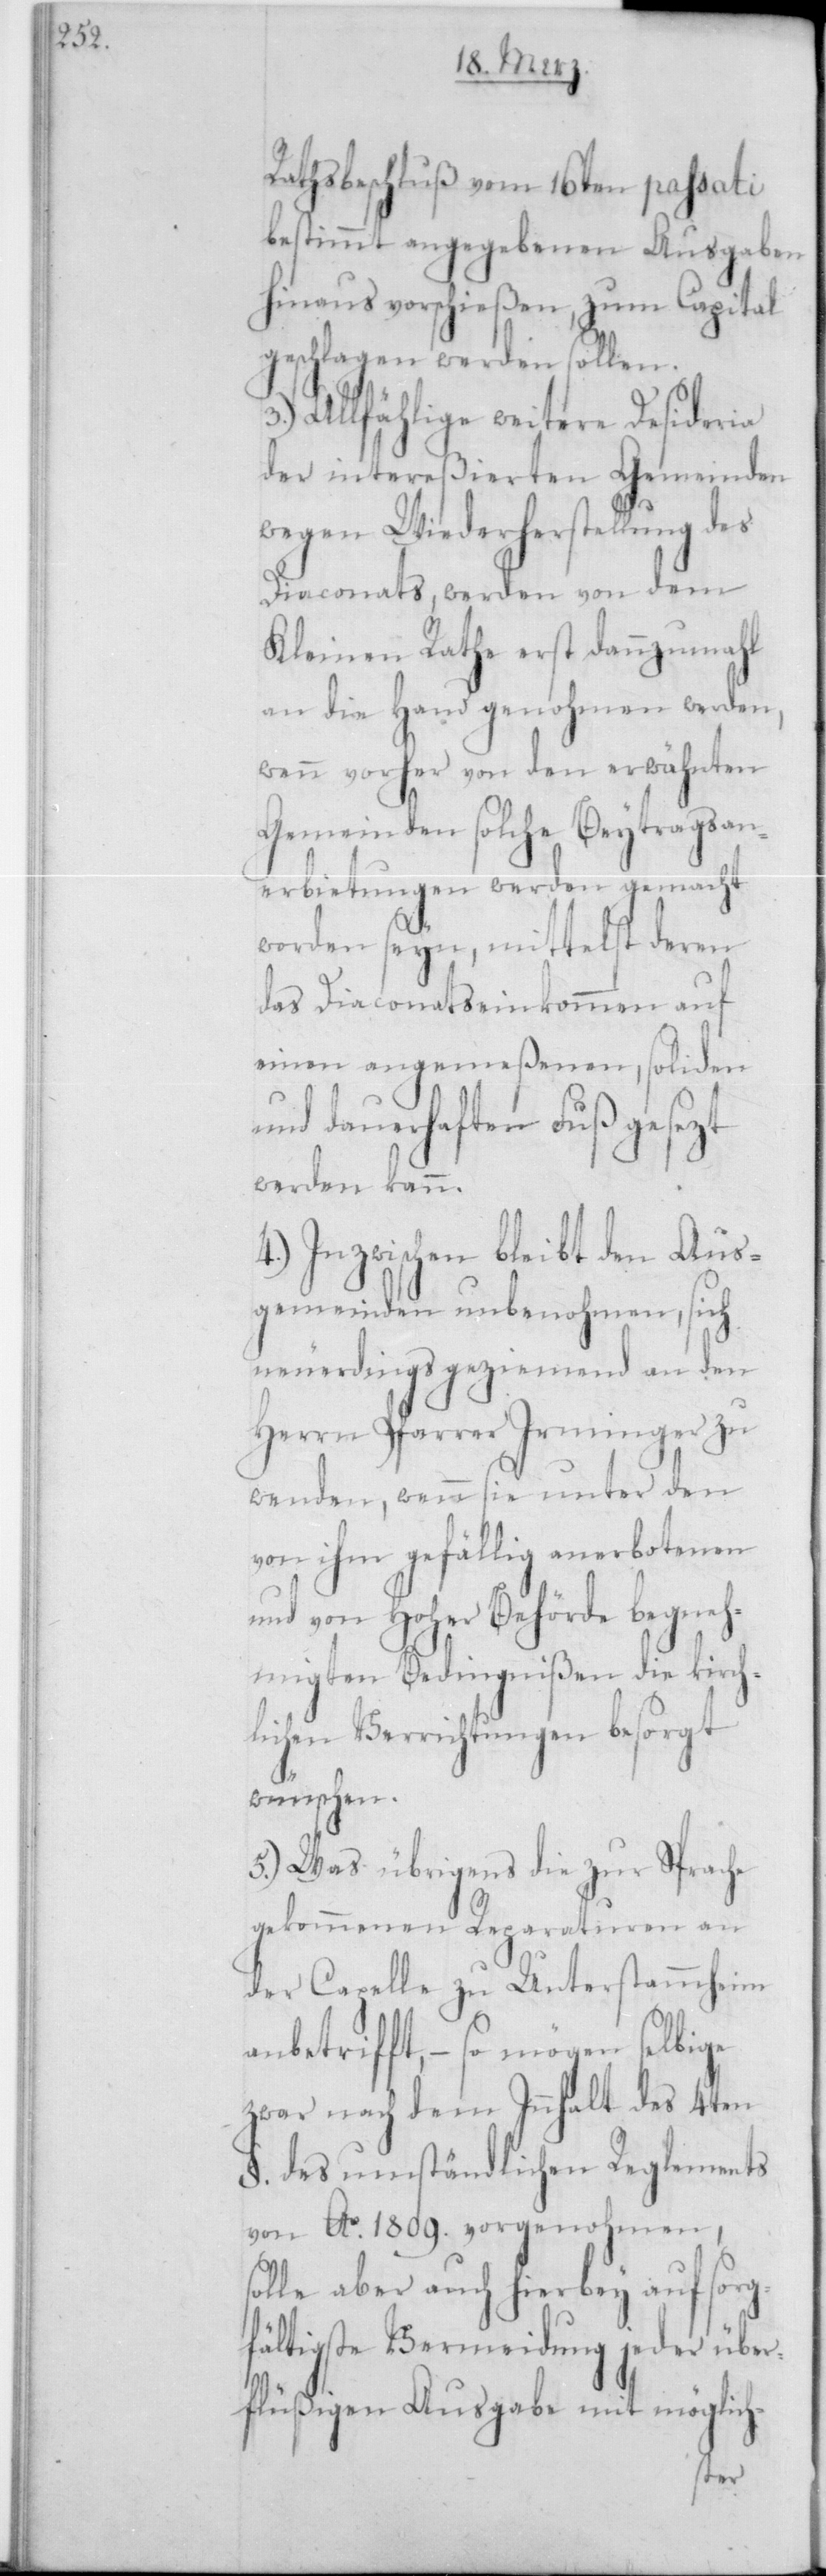
Rathsbeschluß vom 16ten passati
bestimmt angegebenen Ausgaben
hinaus vorschießen, zum Capital
geschlagen werden sollen.
3.) Allfählige weitere Desideria
der intereßierten Gemeinden
wegen Wiederherstellung des
Diaconats, werden von dem
Kleinen Rathe erst dannzumahl
an die Hand genohmen werden,
wenn vorher von den erwähnten
Gemeinden solche Beytragsan¬
erbietungen werden gemacht
worden seyn, mittelst deren
das Diaconatseinkommen auf
einen angemeßenen, soliden
und dauerhaften Fuß gesezt
werden kann.
4.) Inzwischen bleibt den Aus¬
gemeinden unbenohmen, sich
neuerdings geziemend an den
Herrn Pfarrer Irminger zu
wenden, wenn sie unter den
von ihm gefällig anerbotenen
und von Hoher Behörde begneh¬
migten Bedingnißen die kirch¬
lichen Verrichtungen besorgt
wünschen.
5.) Was übrigens die zur Sprache
gekommenen Reparaturen an
der Capelle zu Unterstammheim
anbetrifft, – so mögen selbige
zwar nach dem Innhalt des 4ten
§ des umständlichen Reglements
von Ao 1809 vorgenohmen,
solle aber auch hierbey auf sorg¬
fältigste Vermeidung jeder über¬
flüßigen Ausgabe mit möglich-